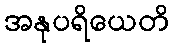
အနုပရိယေတိ